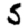
Digit: 5